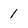
Character: 1